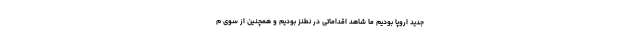
جدید اروپا بودیم ما شاهد اقداماتی در نطنز بودیم و همچنین از سوی م